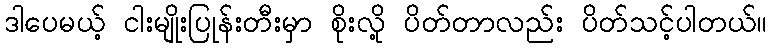
ဒါပေမယ့် ငါးမျိုးပြုန်းတီးမှာ စိုးလို့ ပိတ်တာလည်း ပိတ်သင့်ပါတယ်။